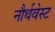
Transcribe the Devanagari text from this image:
नौर्थवेस्ट